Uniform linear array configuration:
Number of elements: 4
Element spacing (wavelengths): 1
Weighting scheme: exponential
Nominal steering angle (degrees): -45
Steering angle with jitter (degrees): -45.626
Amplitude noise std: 0.05
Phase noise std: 0.05

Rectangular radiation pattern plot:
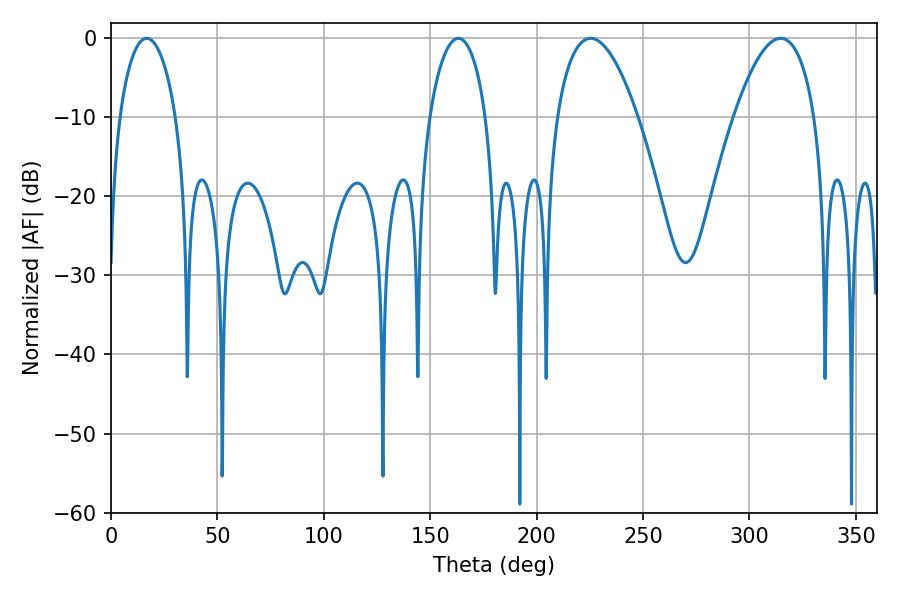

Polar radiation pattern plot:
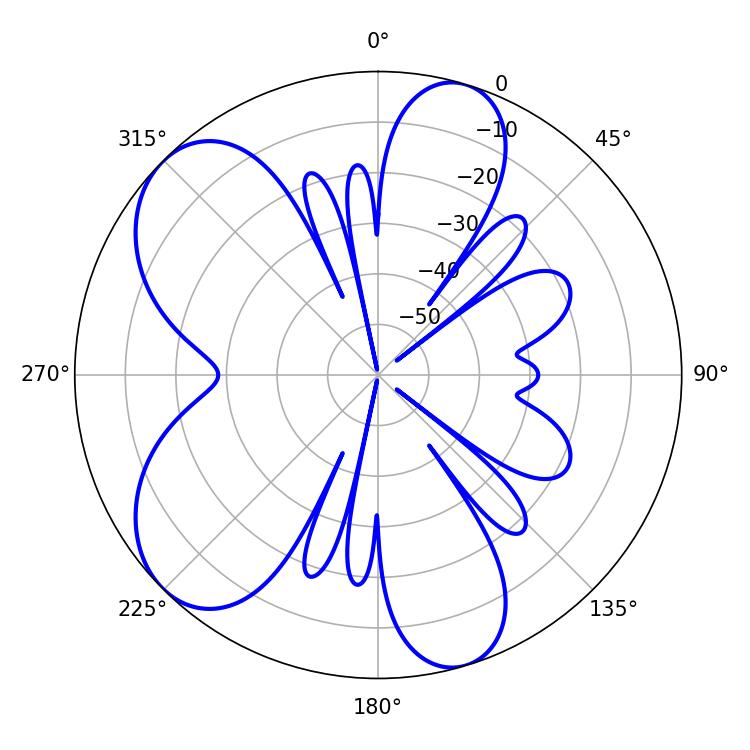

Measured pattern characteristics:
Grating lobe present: TRUE
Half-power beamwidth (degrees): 21.06
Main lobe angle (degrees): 225.36